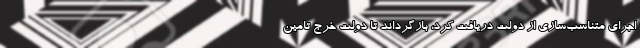
اجرای متناسب‌سازی از دولت دریافت کرد، بازگرداند تا دولت خرج تامین